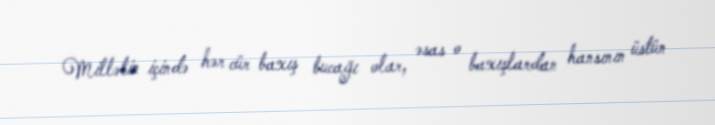
Millətin içində hər cür baxış bucağı olar, əsas o baxışlardan hansının üstün